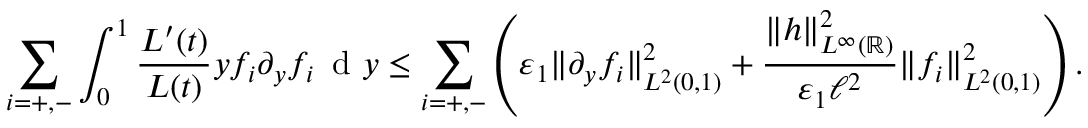
\sum _ { i = + , - } \int _ { 0 } ^ { 1 } \frac { L ^ { \prime } ( t ) } { L ( t ) } y f _ { i } \partial _ { y } f _ { i } \, \textup { d } y \le \sum _ { i = + , - } \left( \varepsilon _ { 1 } \| \partial _ { y } f _ { i } \| _ { L ^ { 2 } ( 0 , 1 ) } ^ { 2 } + \frac { \| h \| _ { L ^ { \infty } ( \mathbb { R } ) } ^ { 2 } } { \varepsilon _ { 1 } \ell ^ { 2 } } \| f _ { i } \| _ { L ^ { 2 } ( 0 , 1 ) } ^ { 2 } \right) .